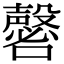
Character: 𡄈